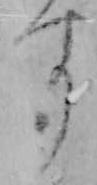
す